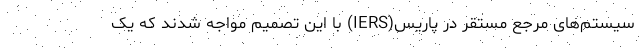
سیستم‌های مرجع مستقر در پاریس(IERS) با این تصمیم مواجه شدند که یک